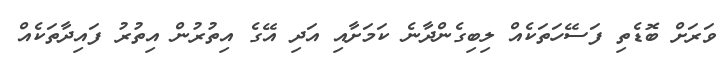
ވަރަށް ބޮޑެތި ފަސޭހަތަކެއް ލިބިގެންދާނެ ކަމަށާއި އަދި އޭގެ އިތުރުން އިތުރު ފައިދާތަކެއް